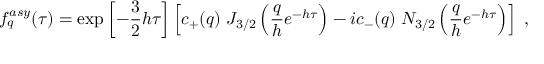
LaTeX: f _ { q } ^ { a s y } ( \tau ) = \exp \left[ - \frac { 3 } { 2 } h \tau \right] \left[ c _ { + } ( q ) \; J _ { 3 / 2 } \left( \frac { q } { h } e ^ { - h \tau } \right) - i c _ { - } ( q ) \; N _ { 3 / 2 } \left( \frac { q } { h } e ^ { - h \tau } \right) \right] \; ,